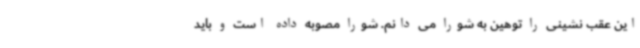
این عقب نشینی را توهین به شورا می دانم. شورا مصوبه داده است و باید